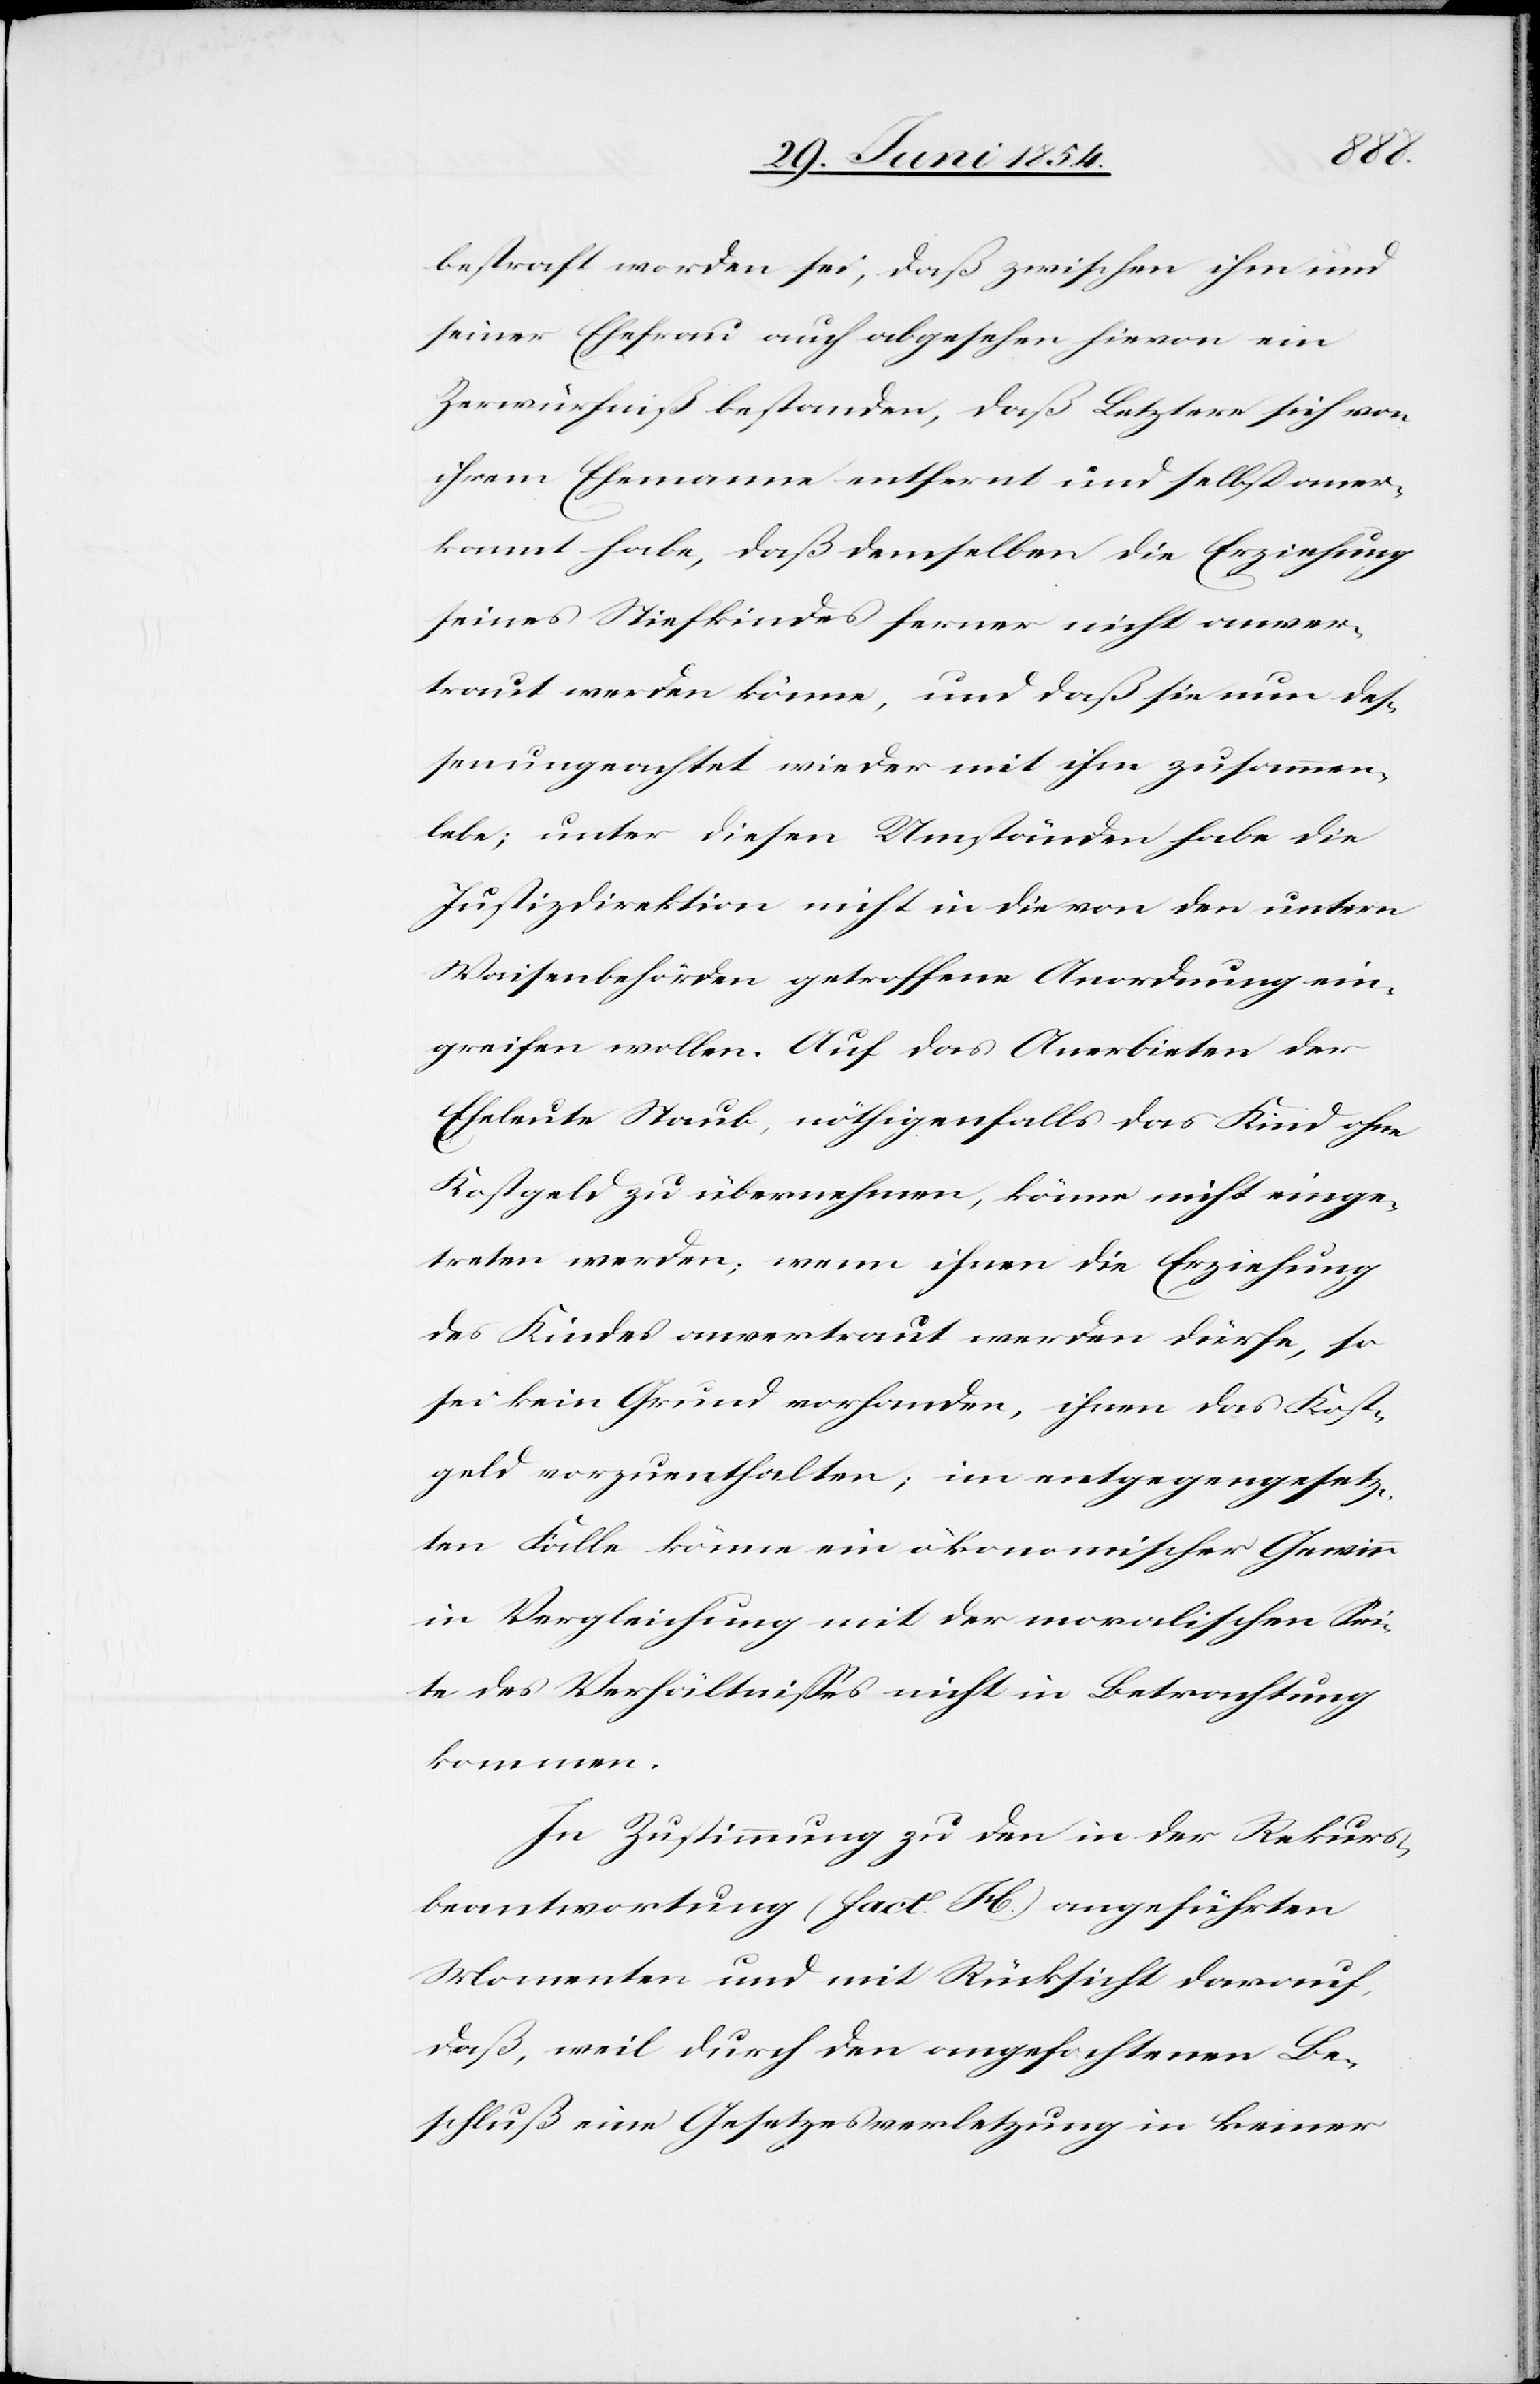
bestraft worden sei, daß zwischen ihm und
seiner Ehefrau auch abgesehen hievon ein
Zerwürfniß bestanden, daß Letztere sich von
ihrem Ehemann entfernt und selbst aner¬
kannt habe, daß demselben die Erziehung
seines Stiefkindes ferner nicht anver¬
traut werden könne, und daß sie nun deß¬
enungeachtet wieder mit ihm zusammen
lebe; unter diesen Umständen habe die
Justizdirektion nicht in die von den untern
Waisenbehörden getroffene Anordnung ein¬
greifen wollen. Auf das Anerbieten der
Eheleute Staub, nöthigenfalls das Kind ohne
Kostgeld zu übernehmen, könne nicht einge¬
treten werden; wenn ihnen die Erziehung
des Kindes anvertraut werden dürfe, so
sei kein Grund vorhanden, ihnen das Kost¬
geld vorzuenthalten; im entgegengesetz¬
ten Falle könne ein ökonomischer Gewinn
in Vergleichung mit der moralischen Sei¬
te des Verhältnißes nicht in Betrachtung
kommen.
In Zustimmung zu den in der Rekurs¬
beantwortung (fact. H) angeführten
Momenten und mit Rücksicht darauf,
daß, weil durch den angefochtenen Be¬
schluß eine Gesetzesverletzung in keiner